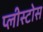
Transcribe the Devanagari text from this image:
प्लीस्टोस